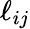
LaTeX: \ell_{ij}